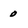
Character: 0